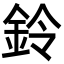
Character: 鈴